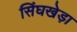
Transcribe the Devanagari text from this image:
सिंघखेड़ा